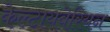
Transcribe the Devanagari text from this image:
केल्टायबेरियन